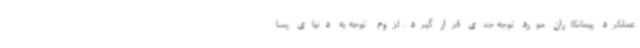
عملکرد پیمانکاران مورد توجه جدی قرار گیرد. لزوم  توجه به دنیای پسا